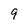
Character: 9